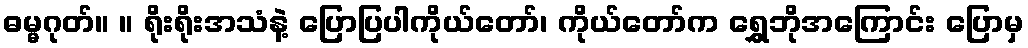
ဓမ္မဂုတ်။ ။ ရိုးရိုးအသံနဲ့ ပြောပြပါကိုယ်တော်၊ ကိုယ်တော်က ရွှေဘိုအကြောင်း ပြောမှ